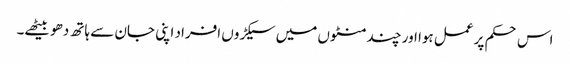
اس حکم پر عمل ہوا اور چند منٹوں میں سیکڑوں افراد اپنی جان سے ہاتھ دھو بیٹھے۔